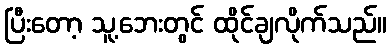
ပြီးတော့ သူ့ဘေးတွင် ထိုင်ချလိုက်သည်။